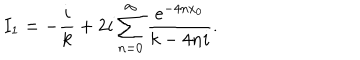
I _ { 1 } = - \frac { i } { k } + 2 i \sum _ { n = 0 } ^ { \infty } \frac { e ^ { - 4 n x _ { 0 } } } { k - 4 n i } .